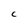
Character: C